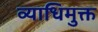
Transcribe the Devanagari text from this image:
व्याधिमुक्त